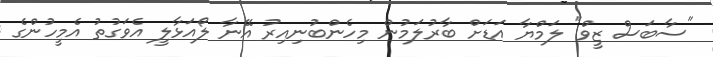
"ސާބަސް ޒީވް" ލަމްޔާ އަޑަށް ބާރުލަމުން މިހެންބުނިއިރު އޭނާ ލޯއަޅާލީ އެވަގުތު އެމީހުންގެ